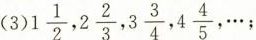
(3)1\frac{1}{2} ，2\frac{2}{3}，3 \frac{3}{4},4 \frac{4}{5}，…；